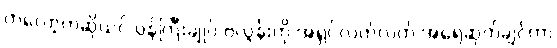
ကဲလော့ကဆိုယင် ဝန်ကြီးချုပ် ဗလွန်းကို အရှင်လတ်လတ် အရေဆုတ်ချင်တာ